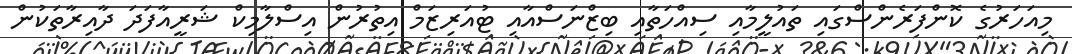
މިއަހަރުގެ ކޮންފަރެންސްގައި ތައުލީމާއި ސިއްހަތާއި ބިޒްނަސްއާއި ޓުއަރިޒަމް އިތުރުން އިސްލާމިކް ޝަރީއާފަދަ ދާއިރާތަކުން